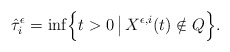
\begin{align*}\hat{\tau}_i^{\epsilon} = \inf \Bigl\{ t > 0 \, \bigl\vert \, X^{\epsilon, i}(t) \notin Q \Bigr\}. \end{align*}